Civil Veterinary Department. United Provinces 1923-31 - 1923-1931
Year: 1923
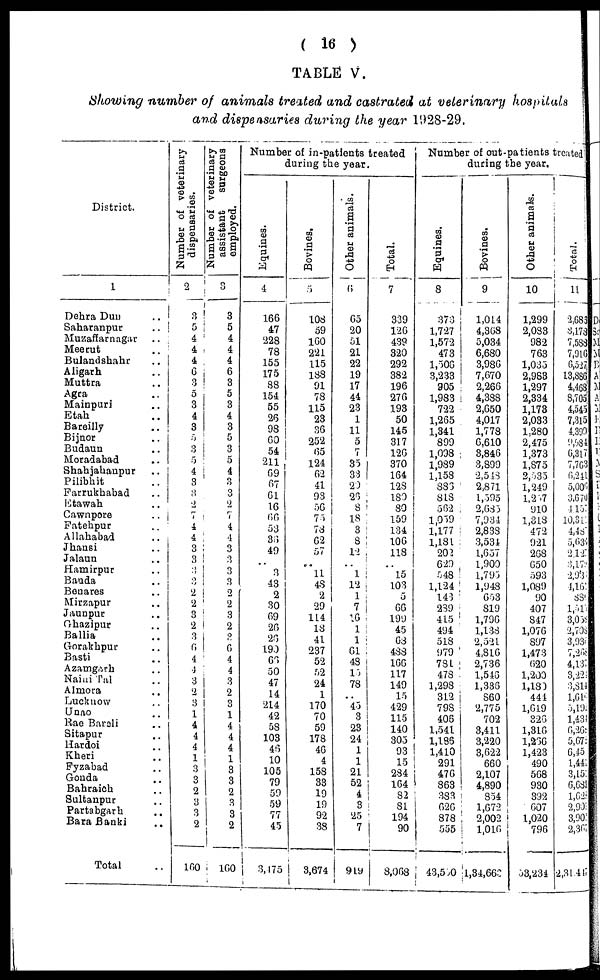
( 16 )
TABLE V.
showing number of animals treated and castrated at veterinary hospitals
and dispensaries during the year 1928-29.
District.
1
Dehra Dun ..
Saharanpur ..
Muzaffarnagar ..
Meerut ..
Bulandshahr ..
Aligarh ..
Muttra ..
Agra ..
Mainpuri ..
Etah ..
Bareilly ..
Bijnor ..
Budaun ..
Moradabad ..
Shahjahanpur ..
Pilibhit ..
Farrukhabad ..
Etawah ..
Cawnpore ..
Fatehpur ..
Allahabad ..
Jhansi ..
Jalaun ..
Hamirpur ..
Banda ..
Benares
Mirzapur ..
Jaunpur ..
Ghazipur ..
Ballia ..
Gorakhpur ..
Basti..
Azamgarh ..
Naini Tal ..
Almora ..
Lucknow ..
Unao ..
Rae Bareli ..
Sitapur ..
Hardoi ..
Kheri ..
Fyzabad ..
Gonda ..
Bahraich ..
Sultanpur ..
Partabgarh ..
Bara Banki ..
Total ..
Number of veterinary
dispensaries.
2
3
5
4
4
4
6
3
5
3
4
3
5
3
5
4
3
3
2
7
4
4
3
3
3
3 2 2
3
2 3
6
4
4
3
3
2 3
1
4
4
4
1
3
3
2
3
3
2
180
Number of veterinary
assistant
surgeons
employed.
3
3
5
4
4
4
6
3
5
3
4
3
5
3
5
4
3
3
2
7
4
4
3
3
3
3
2
2
3
2
3
6
4
4
3
2
3
1 4
4
4 4
1
3
3
2
3
3
2
160
Number of in-patients treated
during the year.
Equines.
4
166
47
228
78
155
175
88
154
55
26
98
60
54
211
69
67
61
16
66
53
36
49
..
3
43
2
30
69
26
26
190
63
50
47
14
214 42
58 103
108
46
10
105
79
59
77
45
3,475
Bovines.
5
108
59
160
221
115
188
91
78
115
23
36
252
65
124
62
41
93
56
75
78
62
57
..
11
48
2
29
114
18
41
237
52
52
24
1
170 70
59
178
46
4
158
33
19
92
38
3,674
Other animals.
6
65
20
51
21
22
19
17
44
23
1
11
5
7
35
33
20
26 8
18
3
8
12 ..
1
12
1
7
16
1 1
61
48
13
78
45
3
23
24
1
1
21
4
3
25
7
919
Total.
7
339
126
439
320
292
382
196
276
198
50
145
317
126
370
164
12S
180
80
159
134
106
118
..
15
103
5
66
190
45 63
488 166
117
149
15
429
115
140
305
93
15
284
164
82
81
194
90
8,068
Number of out-patients treated
during the year.
Equines
8
373
1,727
1,572
473
1,506
3,233
905
1,983
722
1,265
1,841
899
1,098
1,989
1,158
883
818
562
1,039
1,177
1,181
202
629
548
1,124
145
239
415
494 518
979
781
478
1,298
312
798
406
1,541
1,186
1,410
291
476
863
383
626
878
555
43,550
Bovines.
9
1,014
4,868
5,034
6,680
3,986
7,670
2,266
4,388
2,650
4,017
1,778
6,610
3,846
3,899
2,548
2,871
1,595
2,683
7,934
2,838
3,53i
1,657
1,900
1,795
1,948
603
819
1,796
1,138
2,521
4,816
2,736
1,546
1,336
860
2,775
702
3,411
3,220
3,622
660
2,107
4,890
854
1,672
2,002
1,016
1,34,660
Other animals.
10
1,299
2,083
982
763
1,035
2,983
1,297
2,334
1,178
2,033
1,280
2,475
1,373
1,875
2,035
1,249
1,257
910
1,318
472
921
268
650
593
1,089
90
407
847
1,076
897
1,473
620
1,200
1,180
444
1,619
326
1,316
1,236
1,423
490
568
930
392
607
1,020
796
53,234
Total.
11
2,685
3,176
7,588
7,910
6,527
13,886
4,468
8,705
4,545
7,315
4399
9,984
6,317
7,763
6,241
5,00
3,670
4,157
10,317
4,48
5,03 2,127
3,17
2,53
1,16
88
1,01
3,035
2,708
3,936
7,267 4,137
8,22
3,814
1,61
5,19.
1,43
6,26
5,67
6,45
1,441
3,15
6,683
l,629
2,90
3,90
2,30
2,31,447